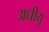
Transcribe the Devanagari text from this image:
अधीयु